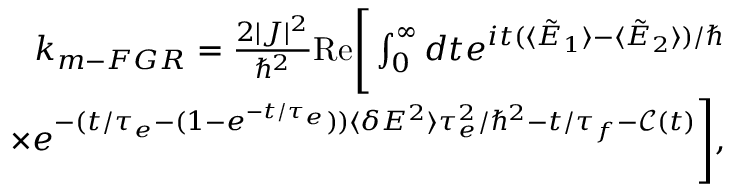
\begin{array} { r l r } & { } & { k _ { m - F G R } = \frac { 2 | J | ^ { 2 } } { \hbar ^ { 2 } } \mathrm { R e } \Bigg [ \int _ { 0 } ^ { \infty } d t e ^ { i t ( \langle \tilde { E } _ { 1 } \rangle - \langle \tilde { E } _ { 2 } \rangle ) / \hbar } } \\ & { } & { \times e ^ { - ( t / \tau _ { e } - ( 1 - e ^ { - t / \tau _ { e } } ) ) \langle \delta E ^ { 2 } \rangle \tau _ { e } ^ { 2 } / \hbar ^ { 2 } - t / \tau _ { f } - { \mathcal C } ( t ) } \Bigg ] , } \end{array}